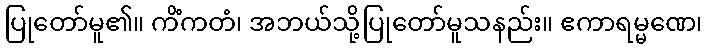
ပြုတော်မူ၏။ ကိံကတံ၊ အဘယ်သို့ပြုတော်မူသနည်း။ ဧကာရမ္မဏေ၊